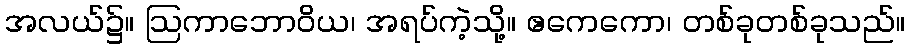
အလယ်၌။ ဩကာဘောဝိယ၊ အရပ်ကဲ့သို့။ ဧကေကော၊ တစ်ခုတစ်ခုသည်။